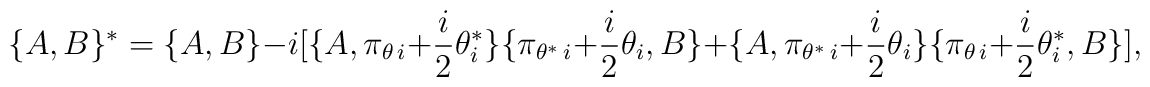
\lbrace A,B\rbrace {}^{*}=\lbrace A,B\rbrace -i[\lbrace A,\pi_{\theta \, i}+{\frac{i}{2}}\theta^{*}_i\rbrace \lbrace \pi_{\theta^{*}\, i}+{\frac{i}{2}}\theta_i,B\rbrace +\lbrace A,\pi_{\theta^{*}\, i}+{\frac{i}{2}} \theta_i\rbrace \lbrace \pi_{\theta \, i}+{\frac{i}{2}}\theta^{*}_i,B\rbrace ],